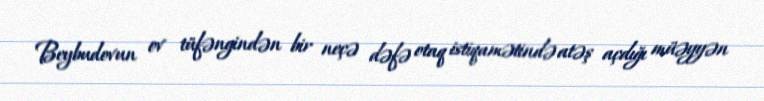
Beybudovun ov tüfəngindən bir neçə dəfə otaq istiqamətində atəş açdığı müəyyən